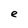
Character: e